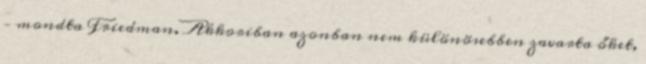
– mondta Friedman. Akkoriban azonban nem különösebben zavarta őket,